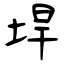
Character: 垾